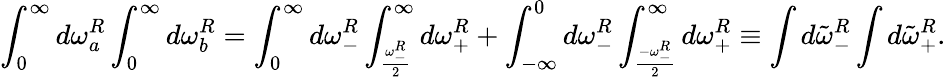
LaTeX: \int_{0}^{\infty}d\omega_{a}^{R}\int_{0}^{\infty}d\omega_{b}^{R}=\int_{0}^{\infty}d\omega_{-}^{R}\int_{\frac{\omega_{-}^{R}}{2}}^{\infty}d\omega_{+}^{R}+\int_{-\infty}^{0}d\omega_{-}^{R}\int_{\frac{-\omega_{-}^{R}}{2}}^{\infty}d\omega_{+}^{R}\equiv\int d{\tilde{\omega}}_{-}^{R}\int d{\tilde{\omega}}_{+}^{R}.